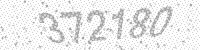
Solution: 372180